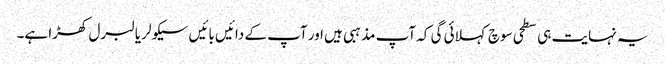
یہ نہایت ہی سطحی سوچ کہلائی گی کہ آپ مذہبی ہیں اور آپ کے دائیں بائیں سیکولر یا لبرل کھڑا ہے۔